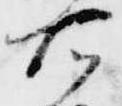
右